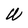
Character: W